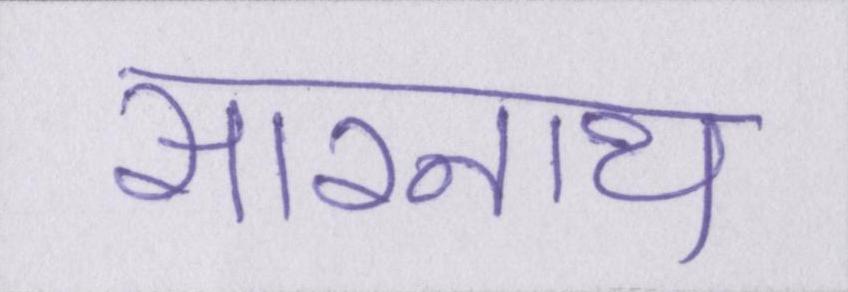
सारनाथ